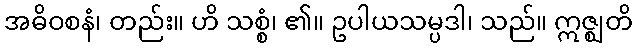
အဓိဝစနံ၊ တည်း။ ဟိ သစ္စံ၊ ၏။ ဥပါယသမ္ပဒါ၊ သည်။ ဣဇ္ဈတိ